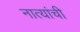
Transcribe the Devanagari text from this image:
नात्यांची